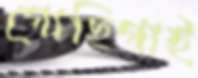
গোছিগাই